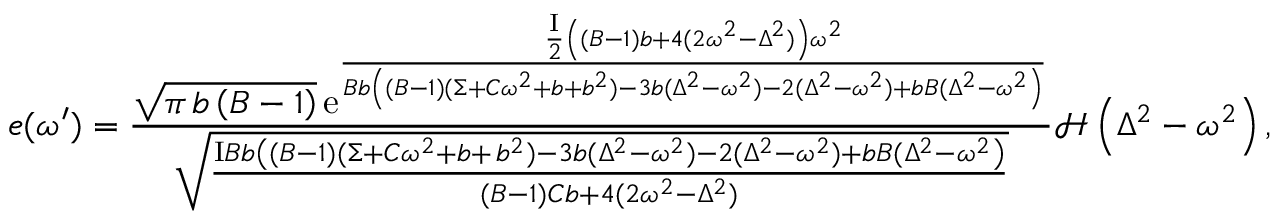
e ( \omega ^ { \prime } ) = \frac { \sqrt { \pi \, b \left( B - 1 \right) } \, { \mathrm e } ^ { \frac { \frac { \mathrm { I } } { 2 } \left( ( B - 1 ) b + 4 ( 2 \omega ^ { 2 } - \Delta ^ { 2 } ) \right) \omega ^ { 2 } } { B b \left( ( B - 1 ) ( \Sigma + C \omega ^ { 2 } + b + b ^ { 2 } ) - 3 b ( \Delta ^ { 2 } - \omega ^ { 2 } ) - 2 ( \Delta ^ { 2 } - \omega ^ { 2 } ) + b B ( \Delta ^ { 2 } - \omega ^ { 2 } \right) } } } { \sqrt { \frac { \mathrm { I } B b \left( ( B - 1 ) ( \Sigma + C \omega ^ { 2 } + b + \, b ^ { 2 } ) - 3 b ( \Delta ^ { 2 } - \omega ^ { 2 } ) - 2 ( \Delta ^ { 2 } - \omega ^ { 2 } ) + b B ( \Delta ^ { 2 } - \omega ^ { 2 } \right) } { ( B - 1 ) C b + 4 ( 2 \omega ^ { 2 } - \Delta ^ { 2 } ) } } } \mathcal { H } \left( \Delta ^ { 2 } - \omega ^ { 2 } \right) ,